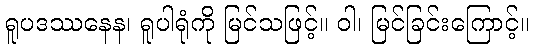
ရူပဒဿနေန၊ ရူပါရုံကို မြင်သဖြင့်။ ဝါ၊ မြင်ခြင်းကြောင့်။